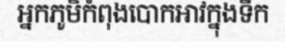
អ្នកភូមិកំពុងបោកអាវក្នុងទឹក